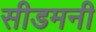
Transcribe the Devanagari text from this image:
सीडमनी